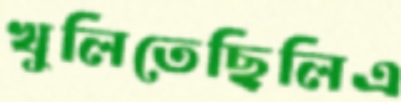
খুলিতেছিলিএ